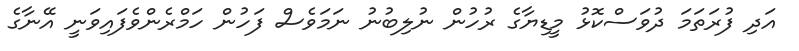
އަދި ފުރަތަމަ ދުވަސްކޮޅު މީޑިޔާގެ ރުހުން ނުލިބުނު ނަމަވެސް ފަހުން ހަމްރެންވެފައިވަނީ އޭނާގެ